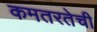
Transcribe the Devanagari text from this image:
कमतरतेची